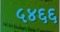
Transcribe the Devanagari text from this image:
५४६६